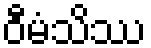
ဝီမံသိဿ